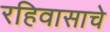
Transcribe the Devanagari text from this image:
रहिवासाचे